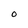
Character: 0